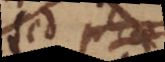
sed phae